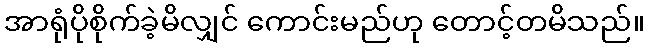
အာရုံပိုစိုက်ခဲ့မိလျှင် ကောင်းမည်ဟု တောင့်တမိသည်။